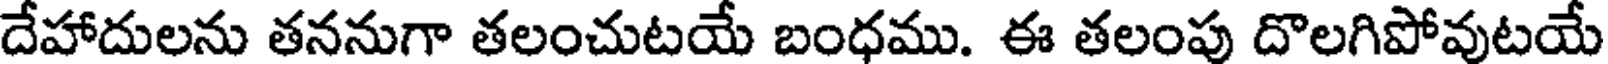
దేహాదులను తననుగా తలంచుటయే బంధము. ఈ తలంపు దొలగిపోవుటయే